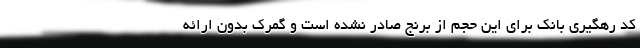
کد رهگیری بانک برای این حجم از برنج صادر نشده است و گمرک بدون ارائه